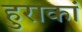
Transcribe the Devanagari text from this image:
हुराकां